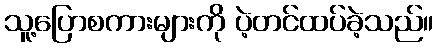
သူ့ပြောစကားများကို ပဲ့တင်ထပ်ခဲ့သည်။